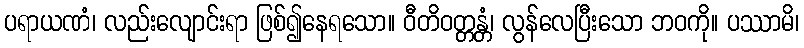
ပရာယဏံ၊ လည်းလျောင်းရာ ဖြစ်၍နေရသော။ ဝီတိဝတ္တန္တံ၊ လွန်လေပြီးသော ဘဝကို။ ပဿာမိ၊